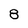
Character: 8